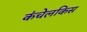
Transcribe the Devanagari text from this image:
कंचेलकिस